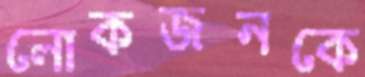
লোকজনকে